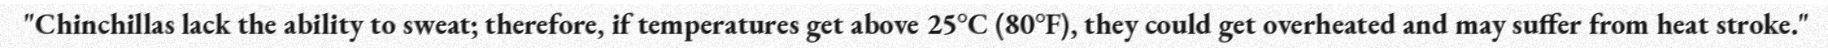
"Chinchillas lack the ability to sweat; therefore, if temperatures get above 25°C (80°F), they could get overheated and may suffer from heat stroke."